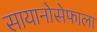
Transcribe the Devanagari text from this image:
सायानोसेफाला